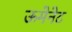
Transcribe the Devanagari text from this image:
ऊमेनेट